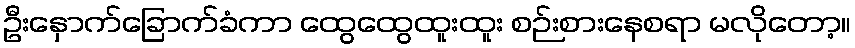
ဦးနှောက်ခြောက်ခံကာ ထွေထွေထူးထူး စဉ်းစားနေစရာ မလိုတော့။